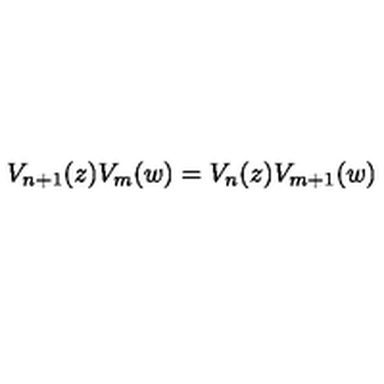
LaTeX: V _ { n + 1 } ( z ) V _ { m } ( w ) = V _ { n } ( z ) V _ { m + 1 } ( w )